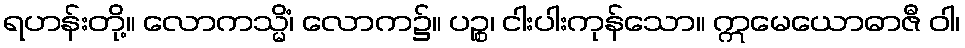
ရဟန်းတို့။ လောကသ္မိံ၊ လောက၌။ ပဉ္စ၊ ငါးပါးကုန်သော။ ဣမေယောဓာဇီ ဝါ၊